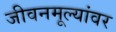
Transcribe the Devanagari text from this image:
जीवनमूल्यांवर